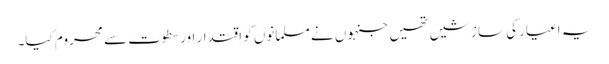
یہ اغیار کی سازشیں تھیں جنہوں نے مسلمانوں کو اقتدار اور سطوت سے محروم کیا۔